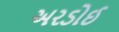
અરડોઈ